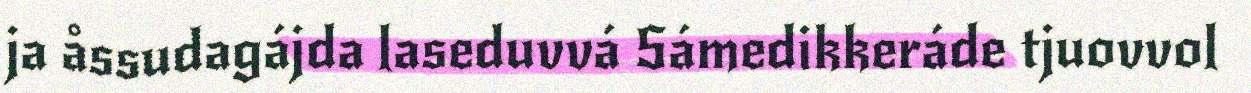
ja åssudagájda laseduvvá Sámedikkeráde tjuovvol